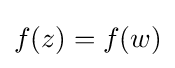
f(z)=f(w)